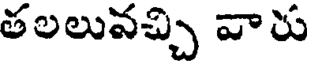
తలలువచ్చి వారు